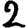
Digit: 2